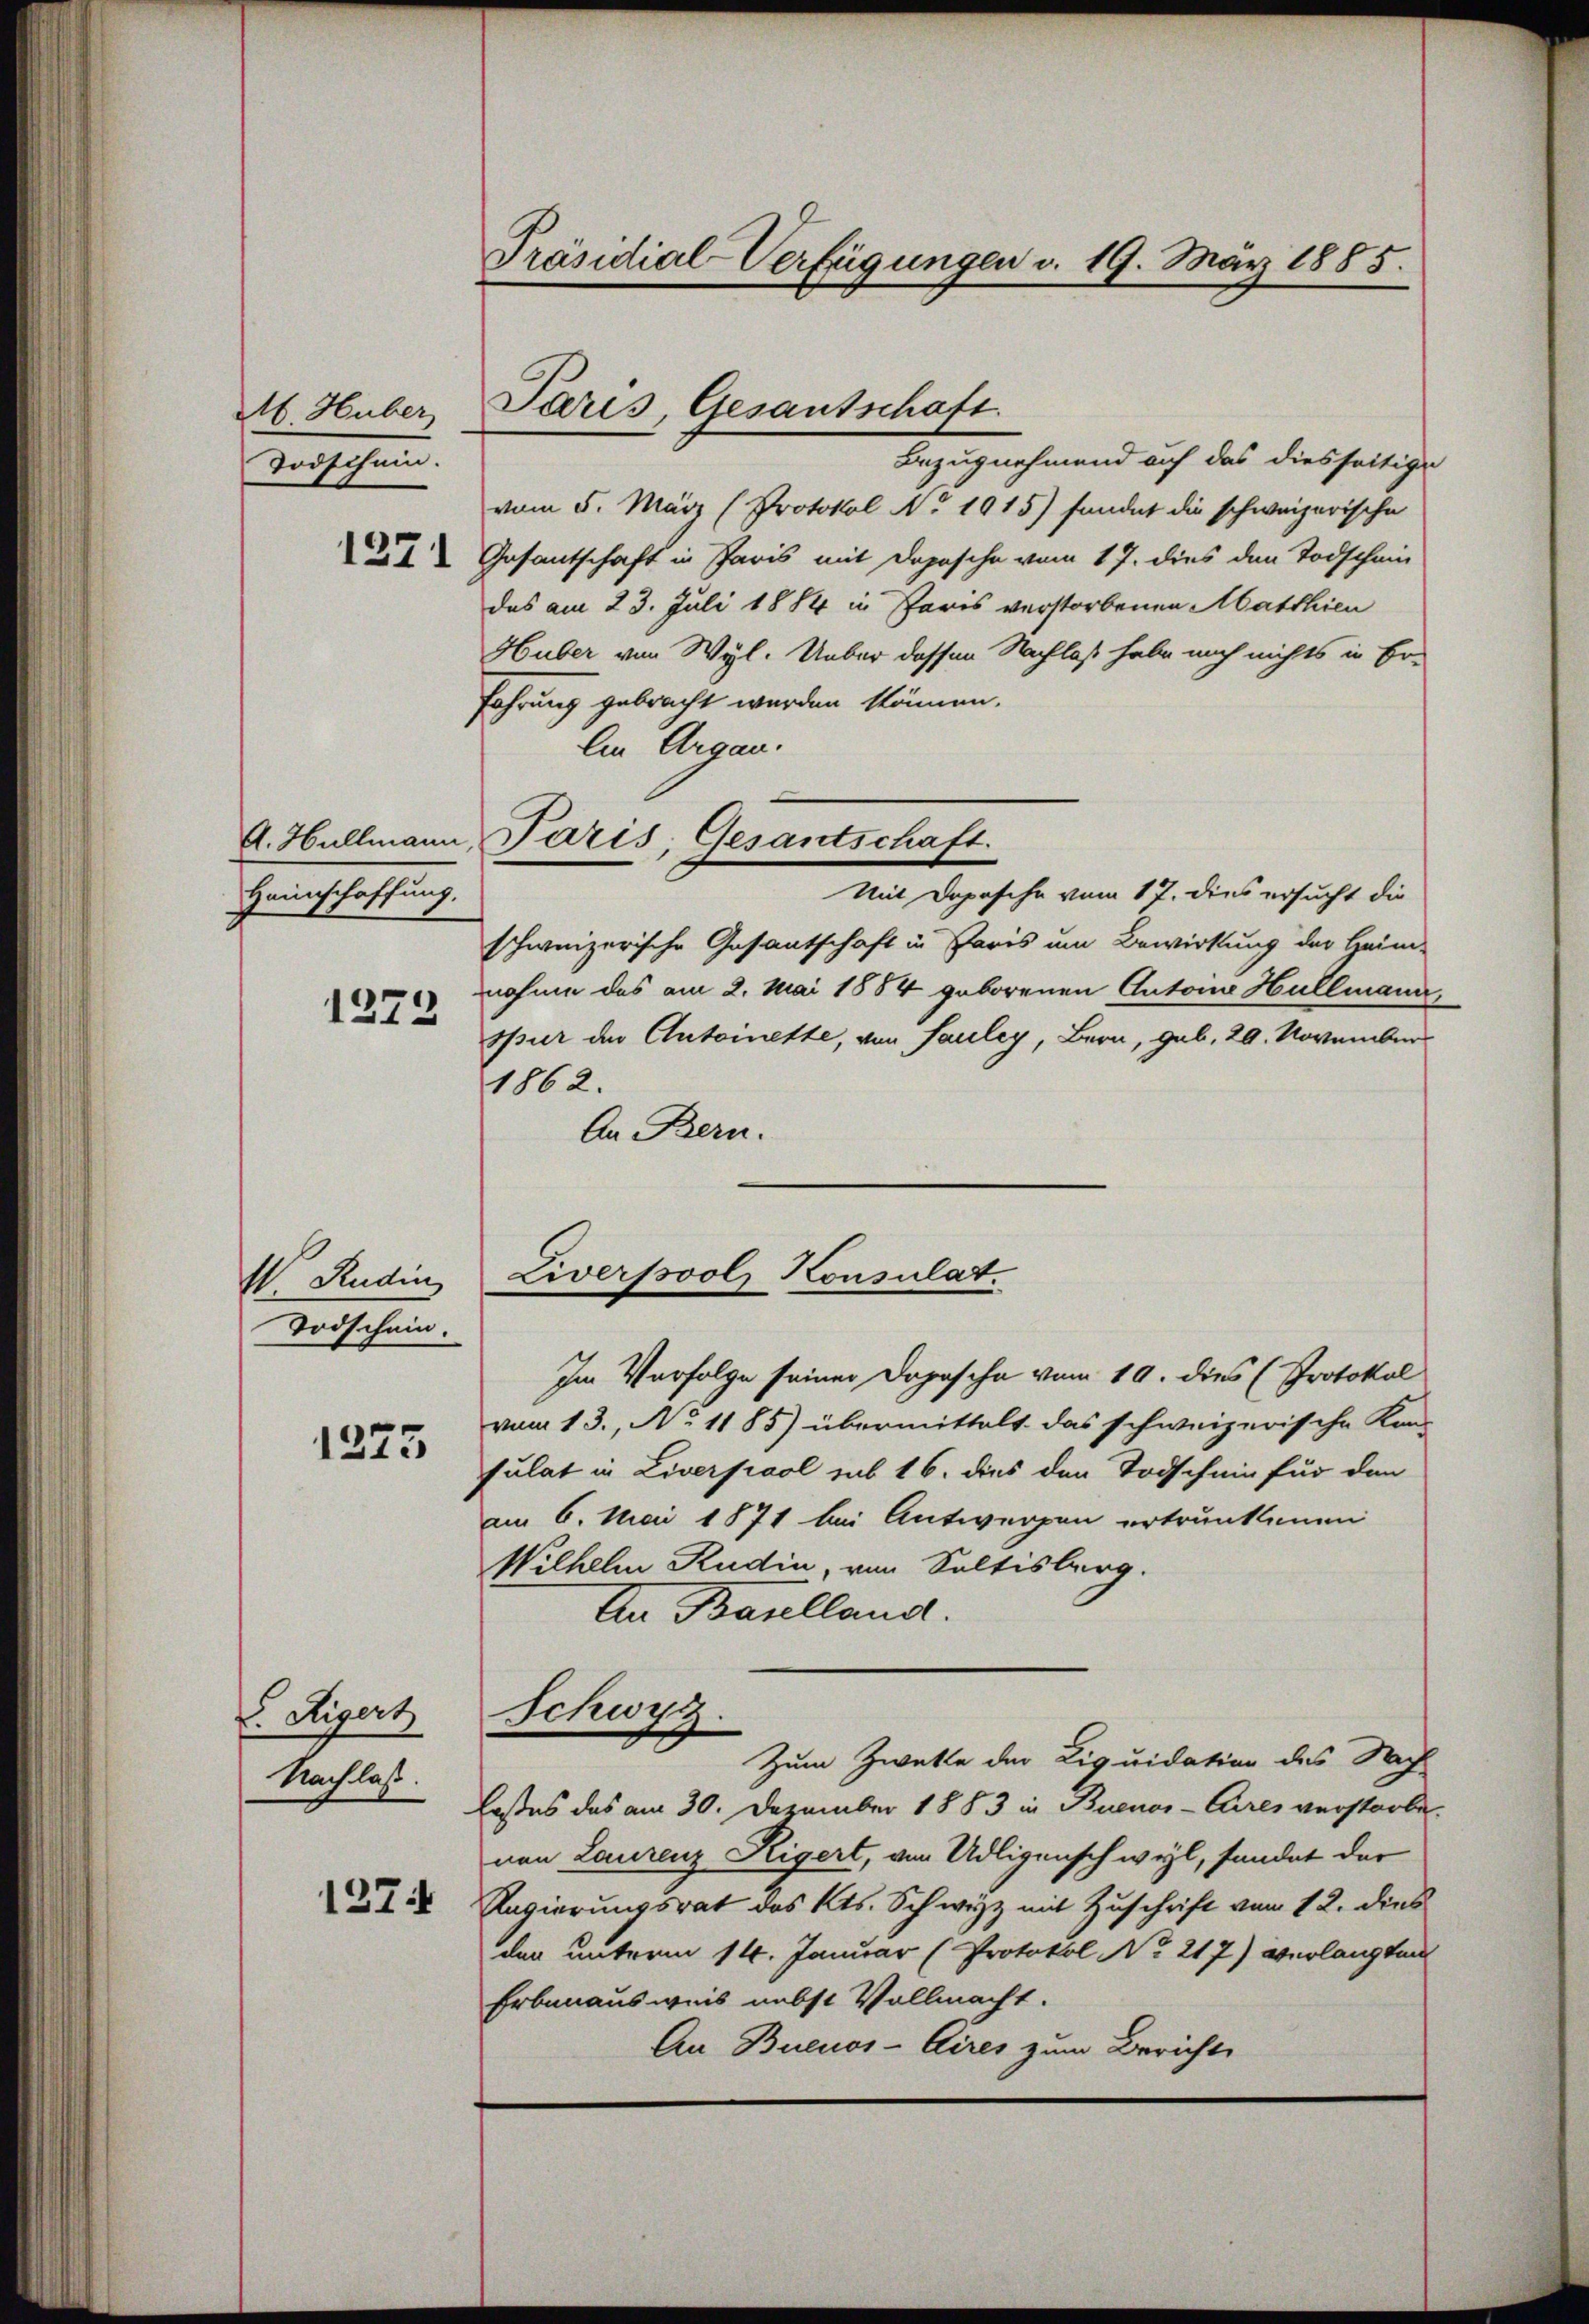
M Huber
Todschein.
1271

A. Hullmann,
Heinschaffung.

1273

W. Rudin
Todschein.

1275

v. Rigert
Nachlass.
1274

f

Präsidial-Verfügungen d. 19. May 1885.

Paris, Gesantschaft.

.

Bezugnehmend auf das diesseitige
vom 5. März (Protokol No 1015) sondet die schweizerische
Gesantschaft in Paris mit Depesche vom 17. dies den Todschein
das am 23. Juli 1884 in Paris verstorbenen Matthien
Huber von Wyl. Ueber dessen Nachlaß habe noch nichts in Er-
fahrung gebracht werden können.
Ein Argau.
schweizerische Gesantschaft in Paris um Bewirkung der Heim-
nahme das am 2. Mai 1884 geborenen Antona Hullmann,
spur der Antoinette, von Fauley, Bern, geb. 20. November
1862.
An Bern.
Liverssool, Konsulat.
Im Verfolge seiner Dopasche vom 19. dies (Protokol
vom 13., No 1185) übermittelt das schweizerische Kan-
sulat in Liverpool sub 16. dies den Todschein für den
am 6. Mai 1871 bei Antwerpen ertrunkenen
Wilhelm Rudin, von Sultisberg.
An Baselland.
Schwyz.
Zum Zwekte der Liquidation des Nach
laßes das am 30. Dezember 1883 in Buenos-Cires verstorbe
nen Laurenz Rigert, von Adligenschwyl, fandet der
Regierungsrat des Kts. Schwyz mit Zuschrift vom 12. dies
den unterm 14. Januar (Protokoll No 217) verlangten
Erbenausweis nebst Vollmacht.
An Buenos-Cires zum Berichte

Paris, Gesantschaft.
Mit Dopasche vom 17. dies ersucht die